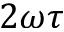
2 \omega \tau